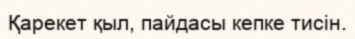
Қарекет қыл, пайдасы кепке тисін.